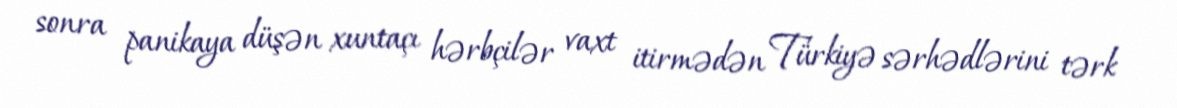
sonra panikaya düşən xuntaçı hərbçilər vaxt itirmədən Türkiyə sərhədlərini tərk